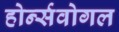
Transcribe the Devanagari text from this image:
होर्न्सवोगल